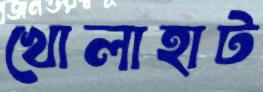
খোলাহাট